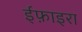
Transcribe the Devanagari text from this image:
ईफ़ाइरा